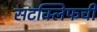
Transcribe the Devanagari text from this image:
सटक्लिफची